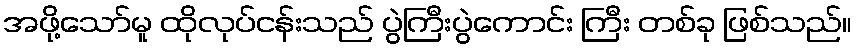
အဖို့သော်မူ ထိုလုပ်ငန်းသည် ပွဲကြီးပွဲကောင်း ကြီး တစ်ခု ဖြစ်သည်။